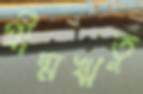
গ্রীষ্মঋতু